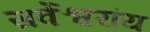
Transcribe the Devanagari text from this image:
सर्वेश्वरांय